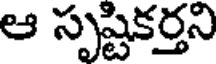
ఆ సృష్టికర్తని